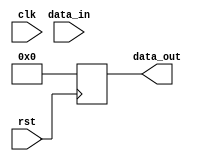
module behavioral_block (
    input rst, // reset signal
    input clk, // clock signal
    input [7:0] data_in,
    output reg [7:0] data_out
);

always @ (negedge rst) begin
    // Perform specific operations or behaviors during the falling edge of reset signal
    // Example: Reset data_out to zero when rst signal falls
    data_out <= 8'b0;
end

endmodule